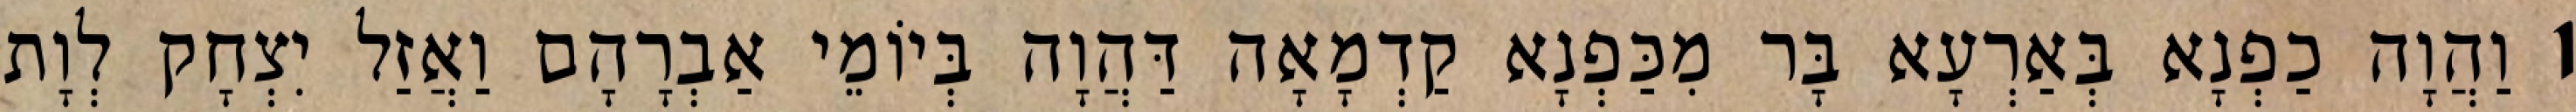
1 וַהֲוָה כַפְנָא בְּאַרְעָא בָּר מִכַּפְנָא קַדְמָאָה דַּהֲוָה בְּיוֹמֵי אַבְרָהָם וַאֲזַל יִצְחָק לְוָת